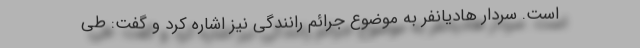
است. سردار هادیانفر به موضوع جرائم رانندگی نیز اشاره کرد و گفت: طی